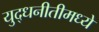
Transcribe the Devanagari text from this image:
युद्धनीतीमध्ये